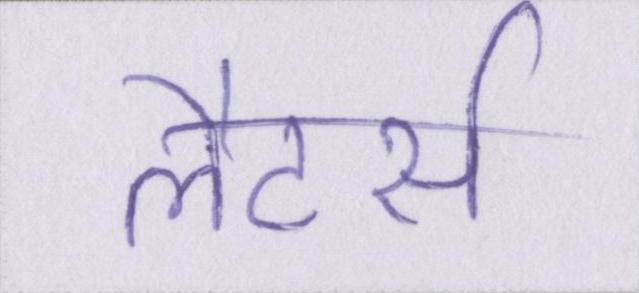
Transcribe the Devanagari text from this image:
लैटर्स